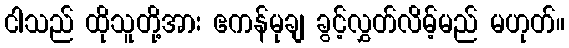
ငါသည် ထိုသူတို့အား ဧကန်မုချ ခွင့်လွှတ်လိမ့်မည် မဟုတ်။